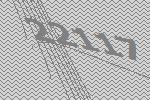
22117